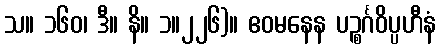
သ။ ၁၆၀၊ ဒီ။ နိ။ ၁။၂၂၆)။ ဧဝမနေန ပဉ္စင်္ဂဝိပ္ပဟီနံ